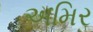
અમિર